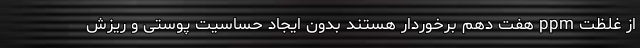
از غلظت ppm هفت دهم برخوردار هستند بدون ایجاد حساسیت پوستی و ریزش